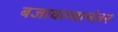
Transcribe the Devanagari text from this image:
बजावल्यानंतर